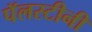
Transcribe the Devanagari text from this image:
पॅलस्टीनी